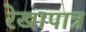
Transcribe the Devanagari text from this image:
रेखापात्र